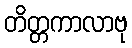
တိတ္တကာလာဗု